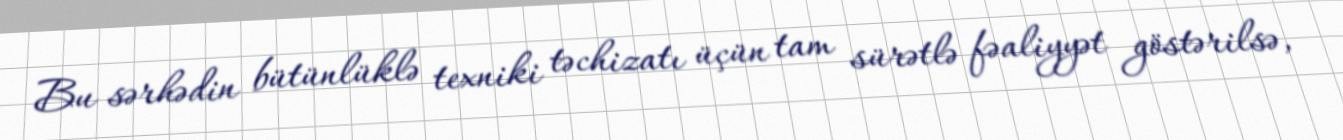
Bu sərhədin bütünlüklə texniki təchizatı üçün tam sürətlə fəaliyyət göstərilsə,